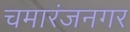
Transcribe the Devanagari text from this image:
चमारंजनगर